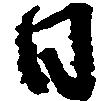
日